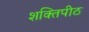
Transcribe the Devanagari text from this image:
शक्‍ितपीठ